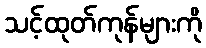
သင့်ထုတ်ကုန်များကို